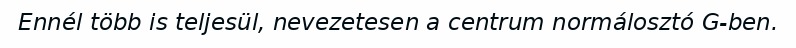
Ennél több is teljesül, nevezetesen a centrum normálosztó G-ben.